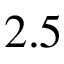
2 . 5